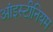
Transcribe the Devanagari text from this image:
आंइस्टीनियम